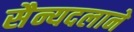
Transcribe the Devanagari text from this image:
सैन्यदलाने